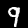
Label: 9